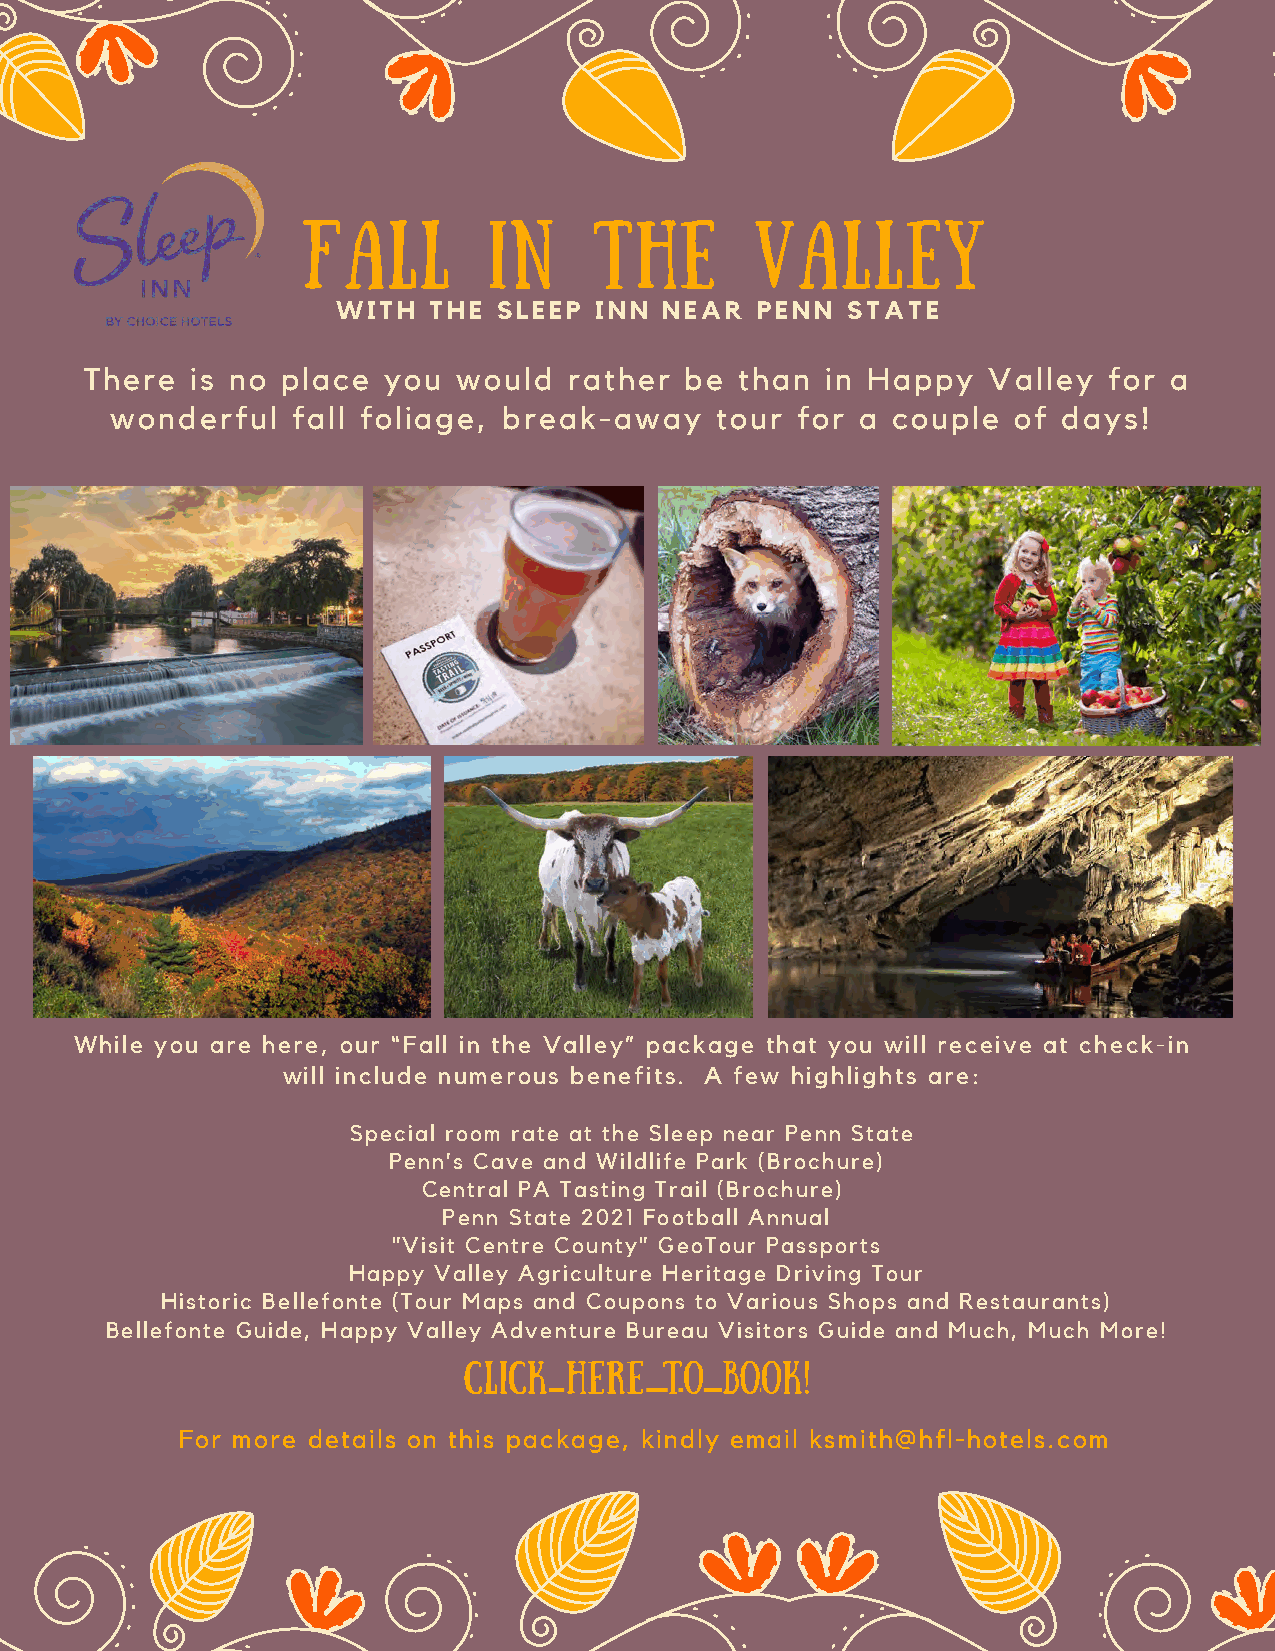
FALL        IN     THE        VALLEY
 WITH  THE  SLEEP INN  NEAR  PENN  STATE
 There  is no place you  would   rather be  than  in Happy  Valley  for a
 wonderful   fall foliage, break-away    tour  for a couple  of days!
 While you are here, our “Fall in the Valley” package that you will receive at check-in
 will include numerous benefits. A few highlights are:
 Special room rate at the Sleep near Penn State
 Penn’s Cave and Wildlife Park (Brochure)
 Central PA Tasting Trail (Brochure)
 Penn State 2021 Football Annual
 "Visit Centre County" GeoTour Passports
 Happy Valley Agriculture Heritage Driving Tour
 Historic Bellefonte (Tour Maps and Coupons to Various Shops and Restaurants)
 Bellefonte Guide, Happy Valley Adventure Bureau Visitors Guide and Much, Much More!
 CLICK HERE   TO  BOOK!
 For more details on this package, kindly email ksmith@hfl-hotels.com